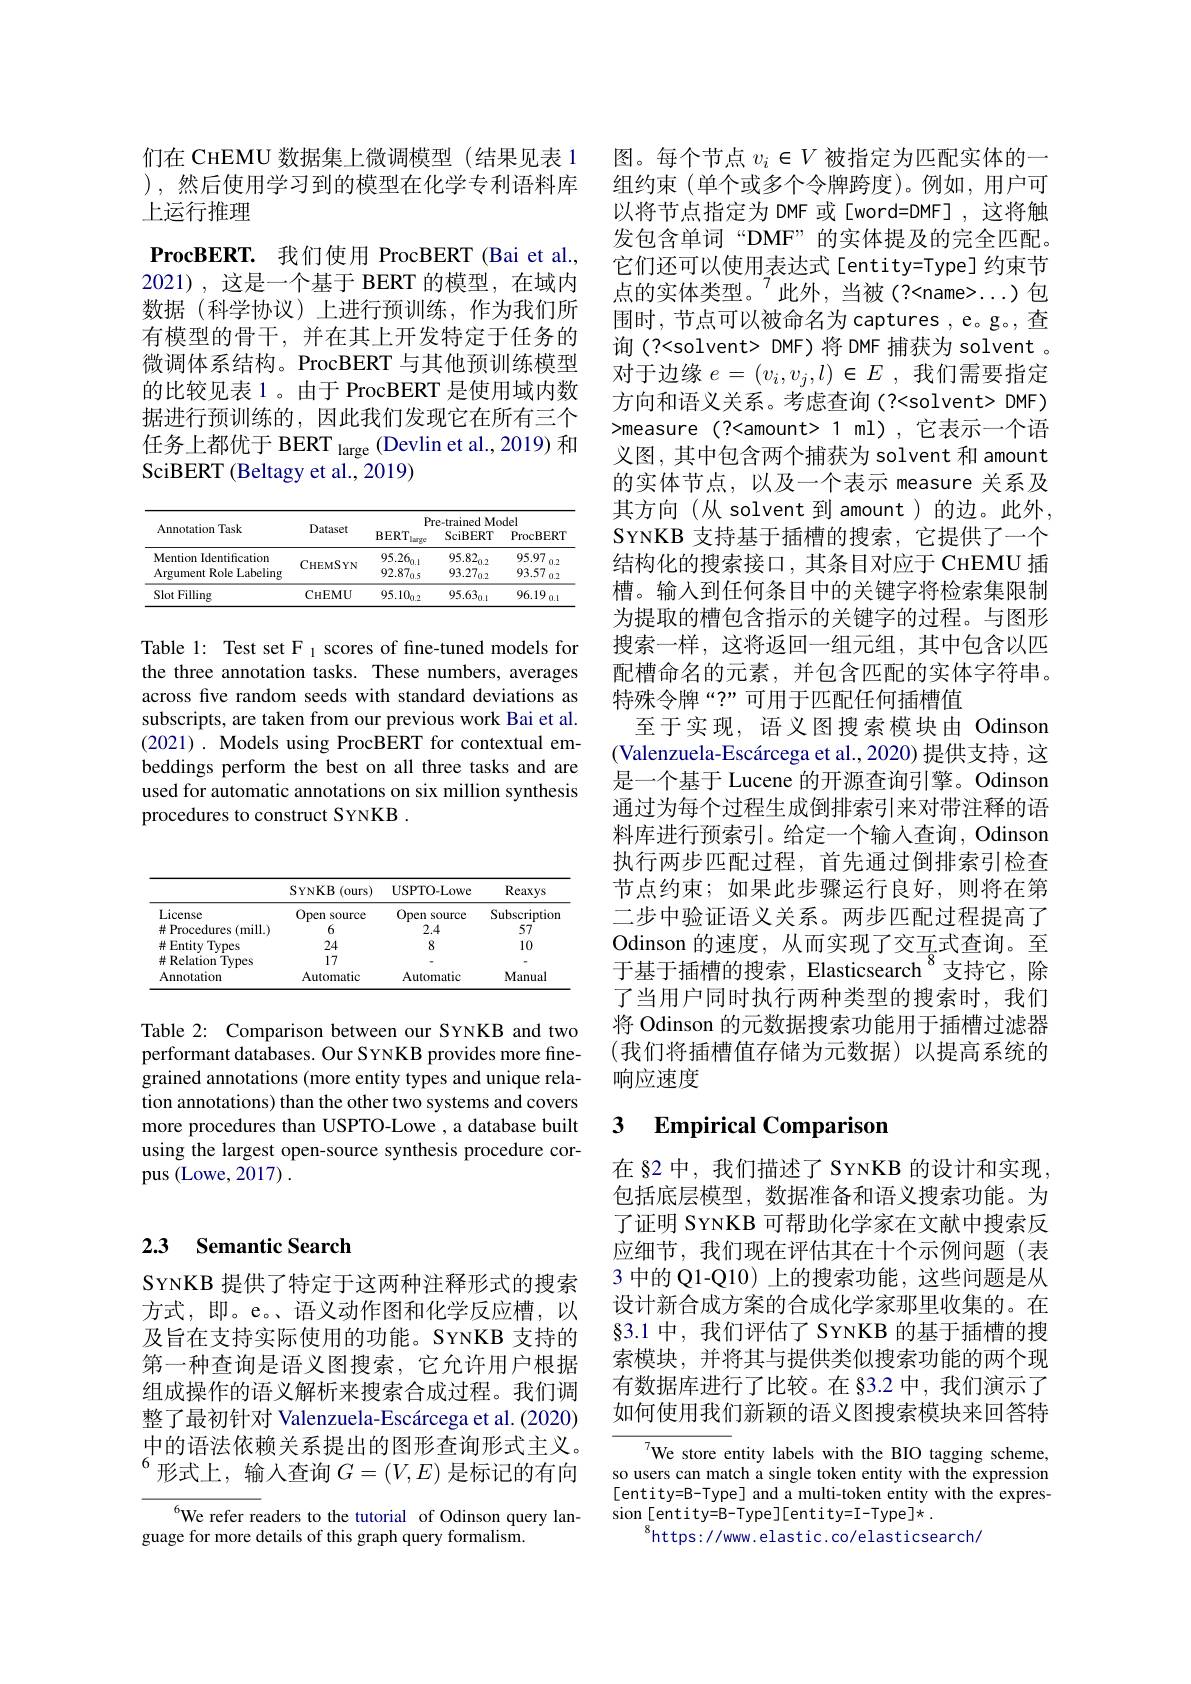
们在 CHEMU 数据集上微调模型 (结果见表 1 ),然后使用学习到的模型在化学专利语料库上运行推理
$\textbf{ProcBERT. 我 们 使 用 ProcBERT( Bai et al. , }$ 2021),这是一个基于 BERT 的模型，在域内数据(科学协议)上进行预训练，作为我们所有模型的骨干，并在其上开发特定于任务的微调体系结构。ProcBERT 与其他预训练模型的比较见表 1。由于 ProcBERT 是使用域内数据进行预训练的，因此我们发现它在所有三个任务上都优于 BERT $_\mathrm{large}$ (Devlin et al., 2019) 和SciBERT (Beltagy et al., 2019)

<table>
	<tbody>
		<tr>
			<th rowspan="2">Annotation Task</th>
			<th rowspan="2">Dataset</th>
			<th colspan="3">Pre-trained Model</th>
		</tr>
		<tr>
			<th>BERT large</th>
			<th>$\operatorname{SciBERT}$</th>
			<th>ProcBERT</th>
		</tr>
		<tr>
			<td>Mention Identification Argument Role Labeling</td>
			<td>$CHEMSYN$</td>
			<td>$$95.26_{0.1}$$ $92.87_{0.5}$</td>
			<td>$$95.82_{0.2}$$ $93.27_{0.2}$</td>
			<td>95.97 0.2 93.57 7 0.2</td>
		</tr>
		<tr>
			<td>Slot Filling</td>
			<td>CHEMU</td>
			<td>$95.10_{0.2}$</td>
			<td>$95.63_{0.1}$</td>
			<td>96.19 0.1</td>
		</tr>
	</tbody>
</table>

Table 1: Test set F 1 scores of fine-tuned models for the three annotation tasks. These numbers, averages across fve random seeds with standard deviations as subscripts, are taken from our previous work Bai et al. (2021). Models using ProcBERT for contextual embeddings perform the best on all three tasks and are used for automatic annotations on six million synthesis procedures to construct SYNKB .

## 2.3 Semantic Search

SYNKB 提供了特定于这两种注释形式的搜索方式，即。e。、语义动作图和化学反应槽，以及旨在支持实际使用的功能。SYNKB 支持的第一种查询是语义图搜索，它允许用户根据组成操作的语义解析来搜索合成过程。我们调整了最初针对 Valenzuela-Escárcega et al. (2020) 中的语法依赖关系提出的图形查询形式主义。$^{6}$形式上，输入查询 $G=(V,E)$ 是标记的有向

$^{6}$We refer readers to the tutorial of Odinson query lan-
guage for more details of this graph query formalism.

图。每个节点$v_i\in V$被指定为匹配实体的一组约束(单个或多个令牌跨度)。例如，用户可以将节点指定为 DMF 或[word=DMF],这将触发包含单词“DMF”的实体提及的完全匹配。它们还可以使用表达式[entity=Type]约束节点的实体类型。$^\prime$此外，当被(?<name>...)包围时，节点可以被命名为 captures , e。g。, 查询(?<solvent> DMF)将 DMF 捕获为 solvent 。对于边缘$e=(v_i,v_j,l)\in E$ ,我们需要指定方向和语义关系。考虑查询(?<solvent> DMF) >measure (?<amount>1ml),它表示一个语义图，其中包含两个捕获为 solvent 和 amount 的实体节点，以及一个表示 measure 关系及其方向(从 solvent 到 amount)的边。此外， SYNKB 支持基于插槽的搜索，它提供了一个结构化的搜索接口，其条目对应于 CHEMU 插槽。输入到任何条目中的关键字将检索集限制为提取的槽包含指示的关键字的过程。与图形搜索一样，这将返回一组元组，其中包含以匹配槽命名的元素，并包含匹配的实体字符串。特殊令牌“?”可用于匹配任何插槽值
至于实现，语义图搜索模块由 Odinson (Valenzuela-Escárcega et al., 2020) 提供支持，这是一个基于 Lucene 的开源查询引擎。Odinson 通过为每个过程生成倒排索引来对带注释的语料库进行预索引。给定一个输入查询，Odinson 执行两步匹配过程，首先通过倒排索引检查节点约束；如果此步骤运行良好，则将在第二步中验证语义关系。两步匹配过程提高了Odinson 的速度，从而实现了交互求查询。至于基于插槽的搜索，Elasticsearch $^{8}$支持它，除了当用户同时执行两种类型的搜索时，我们将 Odinson 的元数据搜索功能用于插槽过滤器(我们将插槽值存储为元数据)以提高系统的响应速度

## 3 $\textbf{Empirical Comparison}$

在 82 中，我们描述了 SYNKB 的设计和实现包括底层模型，数据准备和语义搜索功能。为了证明 SYNKB 可帮助化学家在文献中搜索反应细节，我们现在评估其在十个示例问题(表3 中的 Q1-Q10) 上的搜索功能，这些问题是从设计新合成方案的合成化学家那里收集的。在§3.1 中，我们评估了 SYNKB 的基于插槽的搜索模块，并将其与提供类似搜索功能的两个现有数据库进行了比较。在 83.2 中，我们演示了如何使用我们新颖的语义图搜索模块来回答特

We store entity labels with the BIO tagging scheme, so users can match a single token entity with the expression [entity=B-Type] and a multi-token entity with the expression[entity=B-Type][entity=I-Type]*.
$^{8}$https://www.elastic.co/elasticsearch/

<table>
	<tbody>
		<tr>
			<th> </th>
			<th>$SYNKB$ :(ours)</th>
			<th>USPTO- Lowe</th>
			<th>Reaxys</th>
		</tr>
		<tr>
			<td>License</td>
			<td>Open source</td>
			<td>Open source</td>
			<td>Subscriptior</td>
		</tr>
		<tr>
			<td>$\#$ Procedures (mill.)</td>
			<td>6</td>
			<td>2.4</td>
			<td>57</td>
		</tr>
		<tr>
			<td>井 Entity /Types</td>
			<td>24</td>
			<td>8</td>
			<td>10</td>
		</tr>
		<tr>
			<td># Relation Types</td>
			<td>17</td>
			<td> </td>
			<td> </td>
		</tr>
		<tr>
			<td>Annotation</td>
			<td>Automatic</td>
			<td>Automatic</td>
			<td>Manual</td>
		</tr>
	</tbody>
</table>

Table 2: Comparison between our SYNKB and two performant databases. Our SYNKB provides more finegrained annotations (more entity types and unique relation annotations) than the other two systems and covers more procedures than USPTO-Lowe , a database built using the largest open-source synthesis procedure corpus (Lowe, 2017) .